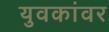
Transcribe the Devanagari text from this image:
युवकांवर